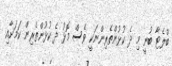
ބްލެޓާ ބުނީ މި ދެ ކުޅުންތެރިންނަކީ ވެސް މޮޅު ދެ ކުޅުންތެރިން ކަމަށާއި